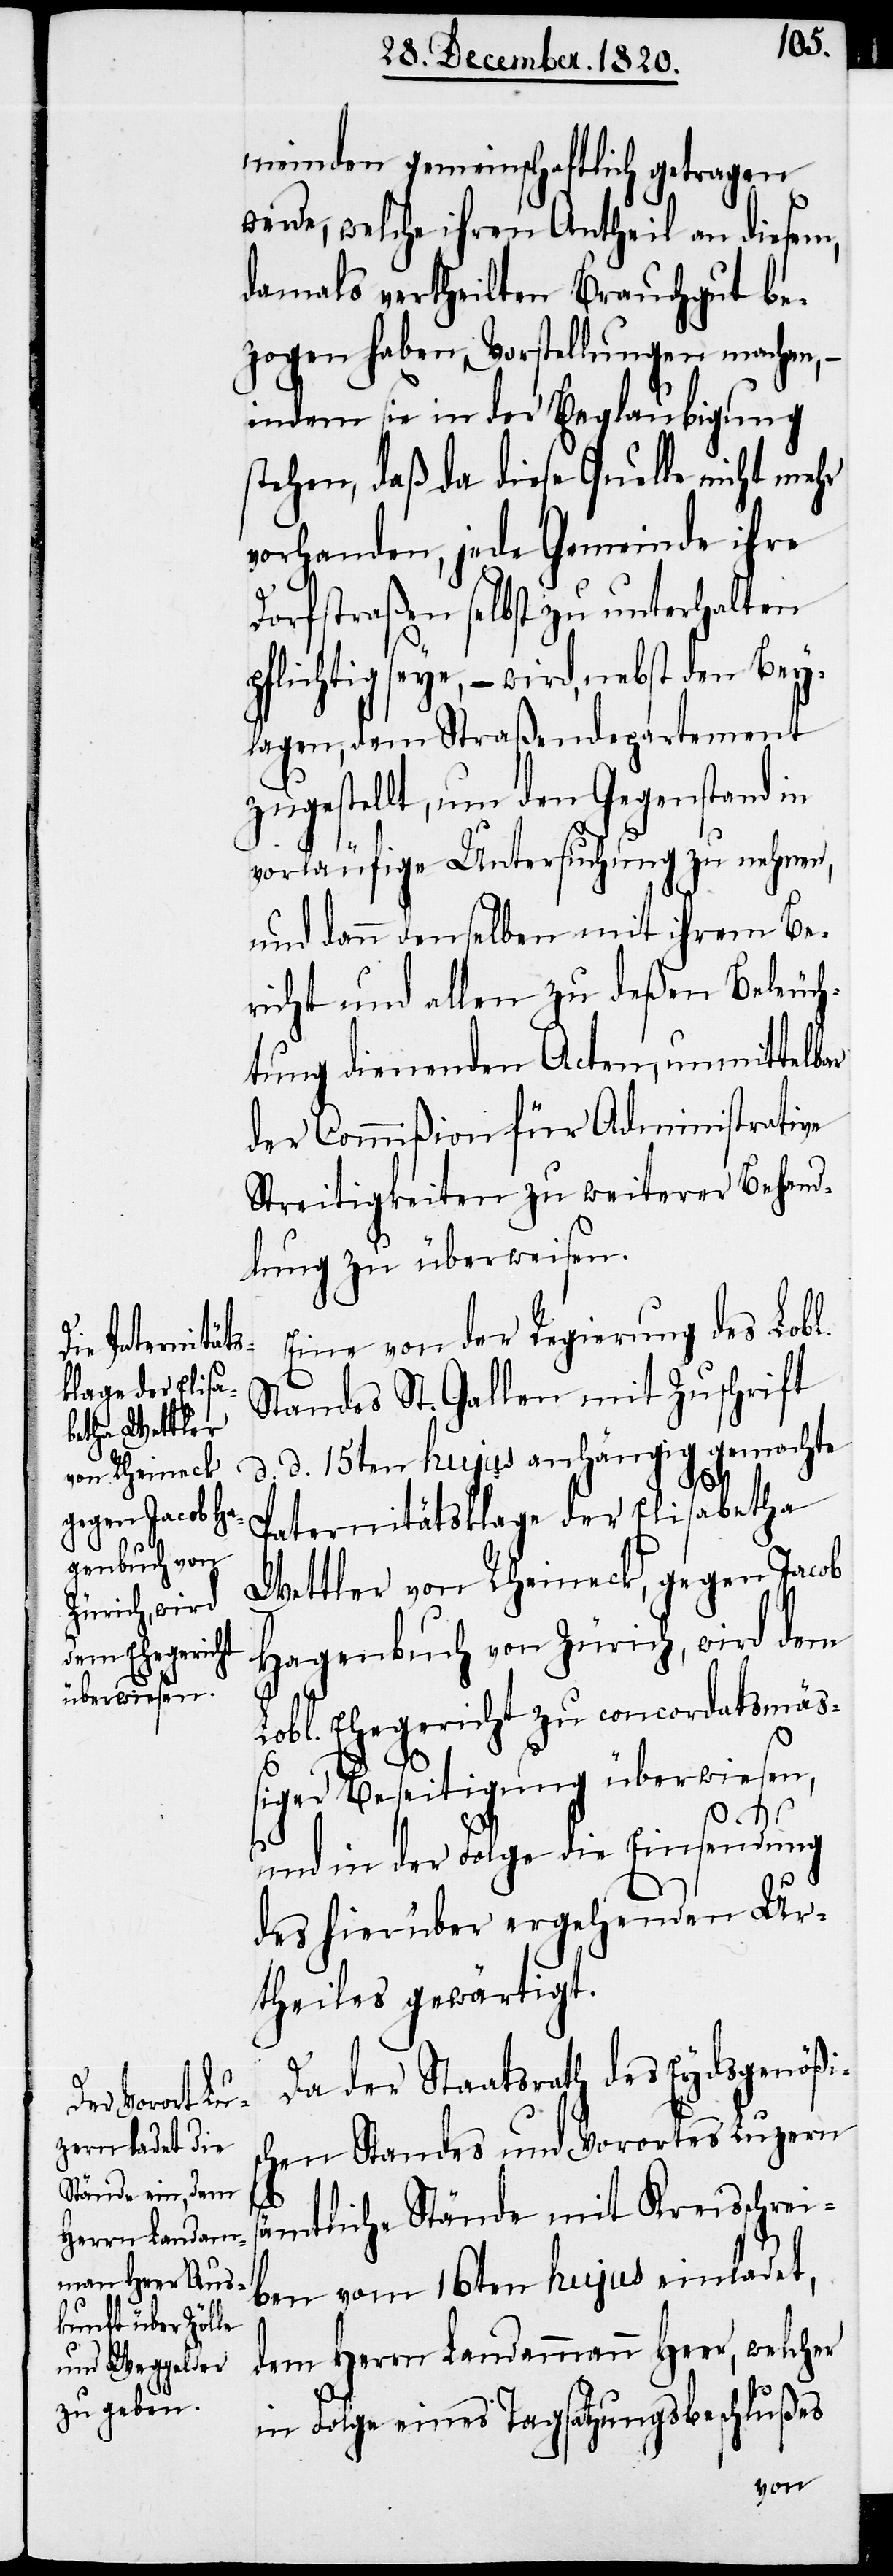
meinden gemeinschaftlich getragen
werde, welche ihren Antheil an diesem,
damals vertheilten Brauchgut be¬
zogen haben, Vorstellungen machen, –
indem sie in der Beglaubigung
stehen, daß da diese Quelle nicht mehr
vorhanden, jede Gemeinde ihre
Dorfstraßen selbst zu unterhalten
pflichtig seye, – wird, nebst den Bey¬
lagen, dem Straßendepartement
zugestellt, um den Gegenstand in
vorläufige Untersuchung zu nehmen,
und dann denselben mit ihrem Be¬
richt und allen zu deßen Beleuch¬
tung dienenden Acten, unmittelbar
der Commißion für Administrative
Streitigkeiten zu weiterer Behand¬
lung zu überweisen.
Eine von der Regierung des Lobl.
Standes St. Gallen mit Zuschrift
d. d. 15ten hujus anhängig gemachte
Paternitätsklage der Elisabetha
Wettler von Rheineck, gegen Jacob
Hagenbuch von Zürich, wird dem
Lobl. Ehegericht zu concordatsmäß¬
iger Beseitigung überwiesen,
und in der Folge die Einsendung
des hierüber ergehenden Ur¬
theiles gewärtigt.
Da der Staatsrath des Eydsgenößis¬
chen Standes und Vorortes Luzern
sämtliche Stände mit Kreisschrei¬
ben vom 16ten hujus einladet,
dem Herrn Landammann Heer, welcher
in Folge eines Tagsatzungsbeschlußes